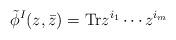
LaTeX: \begin{align*}\tilde{\phi}^I(z,\bar{z}) = {\rm Tr} z^{i_1} \cdots z^{i_m}\end{align*}